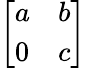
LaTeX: \left[\begin{array}{ll}{a}&{b}\\ {0}&{c}\end{array}\right]